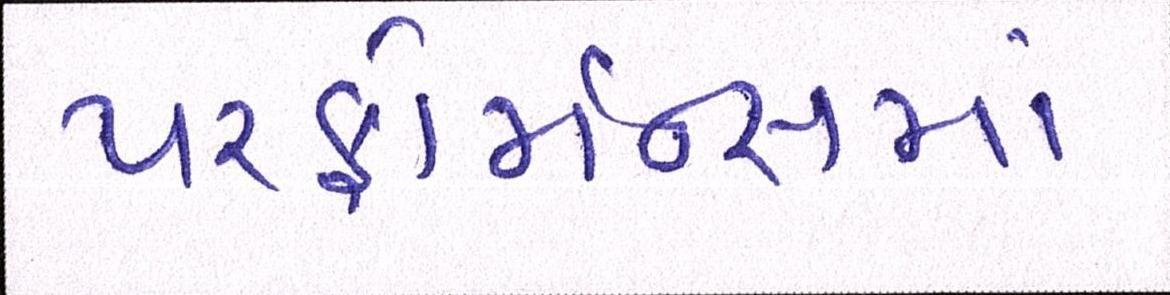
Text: પરફોર્મન્સમાં